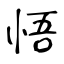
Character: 悟